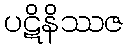
ပဋိနိဿဇ